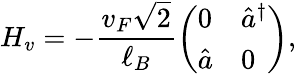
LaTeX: H_{v}=-\frac{v_{F}\sqrt{2}}{\ell_{B}}\left(\begin{array}{ll}{0}&{\hat{a}^{\dagger}}\\ {\hat{a}}&{0}\end{array}\right),